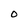
Character: O